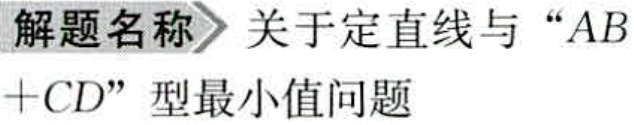
解题名称 关于定直线与“$AB + CD$”型最小值问题